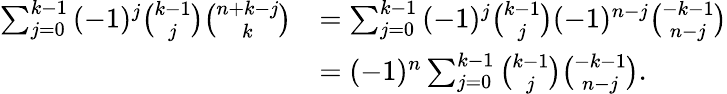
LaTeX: \begin{array}{rl}{\sum_{j=0}^{k-1}{(-1)^{j}\binom{k-1}{j}\binom{n+k-j}{k}}}&{=\sum_{j=0}^{k-1}{(-1)^{j}\binom{k-1}{j}(-1)^{n-j}\binom{-k-1}{n-j}}}\\ &{=(-1)^{n}\sum_{j=0}^{k-1}{\binom{k-1}{j}\binom{-k-1}{n-j}}.}\end{array}